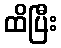
ထိပြီး